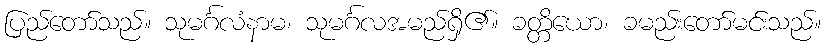
ပြည်တော်သည်။ သုမင်္ဂလံနာမ၊ သုမင်္ဂလအမည်ရှိ၏။ ခတ္တိယော၊ ခမည်းတော်မင်းသည်။